Vaccination United Provinces of Agra and Oudh 1902-1913 - 1902-1913
Year: 1902
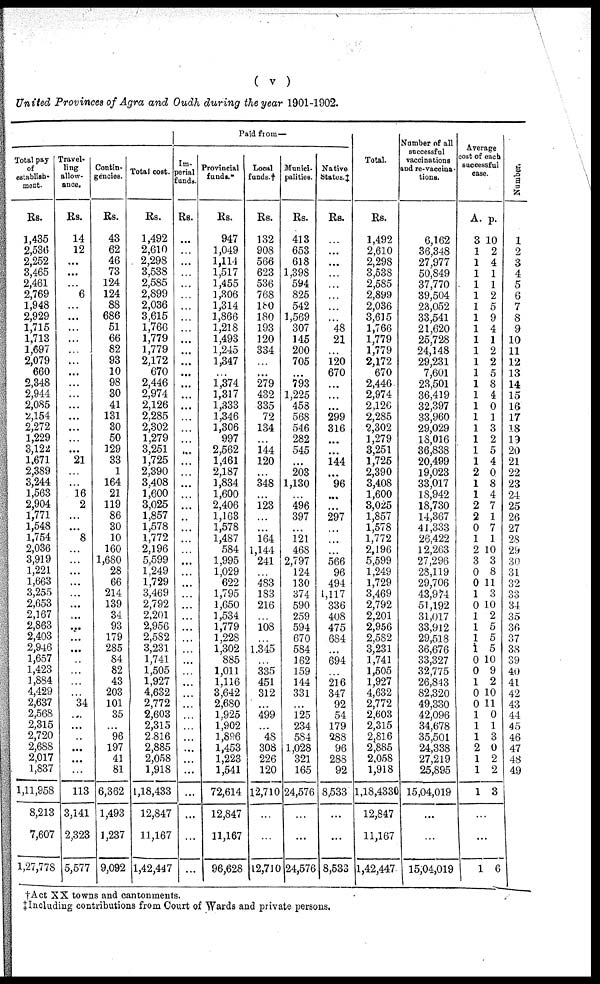
( v )
United Provinces of Agra and Oudh during the year 1901-1902.
Total pay
of
establish-
ment.
Rs.
1,435
2,536
2,252
3,465
2,461
2,769
1,948
2,929
1,715
1,713
1,697
2,079
660
2,348
2,944
2,085
2,154
2,272
1,229
3,122
1,671
2,389
3,244
1,563
2,904
1,771
1,548
1,754
2,036
3,919
1,221
1,663
3,255
2,653
2,167
2,863
2,403
2,946
1,657
1,423
1,884
4,429
2,637
2,568
2,315
2,720
2,688
2,017
1,837
1,11,958
8,213
7,607
1,27,778
Travel-
ling
allow-
ance.
Rs.
14
12
...
...
...
6
...
...
...
...
...
...
...
...
...
...
...
...
21
16
2
...
8
...
...
...
...
...
...
...
...
...
...
34
...
...
...
...
...
113
3,141
2,323
5,577
Contin-
gencies.
Rs.
43
62
46
73
124
124
88
686
51
66
82
93
10
98
30
41
131
30
50
129
33
1
164
21
119
86
30
10
160
1,680
28
66
214
139
34
93
179
285
84
82
43
203
101
35
...
96
197
41
81
6,362
1,493
1,237
9,092
Total cost.
Rs.
1,492
2,610
2,298
3,538
2,585
2,899
2,036
3,615
1,766
1,779
1,779
2,172
670
2,446
2,974
2,126
2,285
2,302
1,279
3,251
1,725
2,390
3,408
1,600
3,025
1,857
1,578
1,772
2,196
5,599
1,249
1,729
3,469
2,792
2,201
2,956
2,582
3,231
1,741
1,505
1,927
4,632
2,772
2,603
2,315
2,816
2,885
2,058
1,918
1,18,433
12,847
11,167
1,42,447
Paid from—
Im¬
perial
funds.
Rs.
...
...
...
...
...
...
...
...
...
...
...
...
...
...
...
...
...
...
...
...
...
...
...
...
...
...
...
...
...
...
...
...
...
...
...
...
...
...
...
...
Provincial
funds.*
Rs.
947
1,049
1,111
1,517
1,455
1,306
1,314
1,866
1,218
1,493
1,245
1,347
1,374
1,317
1,333
1,346
1,306
997
2,562
1,461
2,187
1,834
1,600
2,406
1,163
1,578
1,487
584
1,995
1,029
622
1,795
1,650
1,534
1,779
1,228
1,302
885
1,011
1,116
3,642
2,680
1,925
1,902
1,896
1,453
1,223
1,541
72,614
12,847
11,167
96,628
Local
funds.†
Rs.
132
908
566
623
536
768
180
180
193
120
334
...
279
432
335
72
134
...
144
120
...
348
...
123
...
...
164
1,144
241
...
483
183
216
...
108
1,345
...
335
451
312
...
499
...
48
308
226
120
12,710
...
...
12,710
Munici-
palities.
Rs.
413
653
618
1,398
594
825
542
1,569
307
145
200
705
793
1,225
458
568
546
282
545
...
203
1,130
496
397
...
121
468
2,797
124
130
374
590
259
594
670
584
162
159
144
331
...
125
234
584
1,028
321
165
24,576
...
...
24,576
Native
States. ‡
Rs.
...
...
...
...
...
...
48
21
120
670
...
...
...
299
316
...
...
144
...
96
...
...
297
...
...
...
566
96
494
1,117
336
408
475
684
...
694
216
347
92
54
179
288
96
288
92
8,533
...
...
8,533
Total.
Rs.
1,492
2,610
2,298
3,538
2,585
2,899
2,036
3,615
1,766
1,779
1,779
2,172
670
2,446
2,974
2,126
2,285
2,302
1,279
3,251
1,725
2,390
3,408
1,600
3,025
1,857
1,578
1,772
2,196
5,599
1,249
1,729
3,469
2,792
2,201
2,956
2,582
3,231
1,741
1,505
1,927
4,632
2,772
2,603
2,315
2,816
2,885
2,058
1,918
1,18,4330
12,847
11,167
1,42,447
Number of all
successful
vaccinations
and re-vaccina-
tions.
6,162
36,348
27,977
50,849
37,770
39,504
23,052
33,541
21,620
25,728
24,148
29,231
7,601
23,501
36,419
32,397
33,960
29,029
18,016
36,838
20,499
19,023
33,017
18,942
18,730
14,367
41,333
26,422
12,263
27,296
28,119
29,706
43,974
51,192
31,017
33,912
29,518
36,676
33,327
32,775
26,843
82,320
49,330
42,096
34,678
35,501
24,338
27,219
25,895
15,04,019
...
...
15,04,019
Average
cost of each
successful
case.
A.
3
1
1
1
1
1
1
1
1
1
1
1
1
1
1
1
1
1
1
1
1
2
1
1
2
2
0
1
2
3
0
0
1
0
1
1
1
1
0
0
1
0
0
1
1
1
2
1
1
1
p.
10
2
4
1
1
2
5
9
4
1
2
2
5
8
4
0
1
3
2
5
4
0
8
4
7
1
7
1
10
3
8
11
3
10
2
5
5
5
10
9
2
10
11
0
1
3
0
2
2
3
...
1 6
Number.
1
2
3
4
5
6
7
8
9
10
11
12
13
14
15
16
17
18
19
20
21
22
23
24
25
26
27
28
29
30
31
32
33
34
35
36
37
38
39
40
41
42
43
44
45
46
47
48
49
†Act XX towns and cantonments.
‡Including contributions from Court of Wards and private persons.